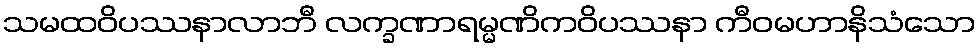
သမထဝိပဿနာလာဘီ လက္ခဏာရမ္မဏိကဝိပဿနာ ကီဝမဟာနိသံသော